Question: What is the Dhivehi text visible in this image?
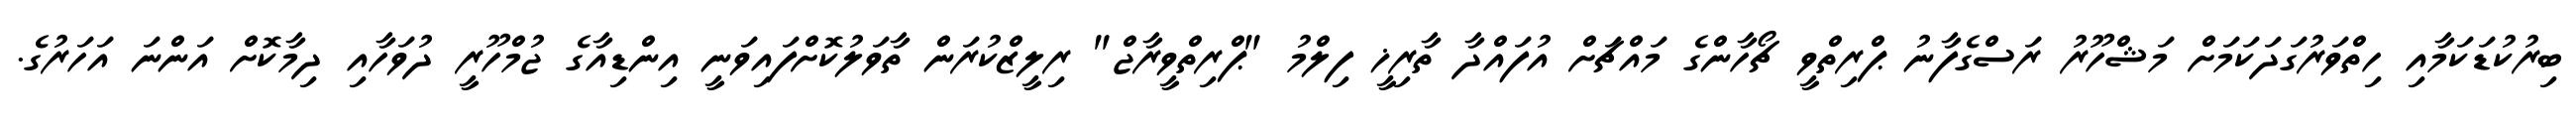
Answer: ބިރުކުޑަކަމާއި ހިތްވަރުގަދަކަމަށް މަޝްހޫރު ރަސްގެފާނު ޕްރިތްވީ ޗޯހާންގެ މައްޗަށް އުފައްދާ ތާރިޚީ ފިލްމު "ޕްރިތްވީރާޖް" ރިލީޒްކުރަން ތާވަލުކޮށްފައިވަނީ އިންޑިއާގެ ޖުމްހޫރީ ދުވަހާއި ދިމާކޮށް އަންނަ އަހަރުގެ.